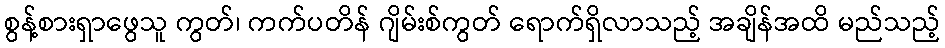
စွန့်စားရှာဖွေသူ ကွတ်၊ ကက်ပတိန် ဂျိမ်းစ်ကွတ် ရောက်ရှိလာသည့် အချိန်အထိ မည်သည့်